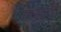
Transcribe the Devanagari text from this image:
उरश्छदा